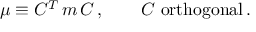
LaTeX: \mu \equiv C ^ { T } \, m \, C \, , \qquad C \ \mathrm { o r t h o g o n a l } \, .